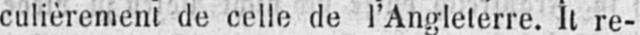
culièrement de celle de l’Angleterre. Il re-